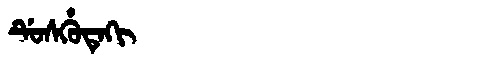
Manchu: ᡩᡠᠰᡥᡠᡨᡝᡴᡳ
Romanization: DUSHUTEKI